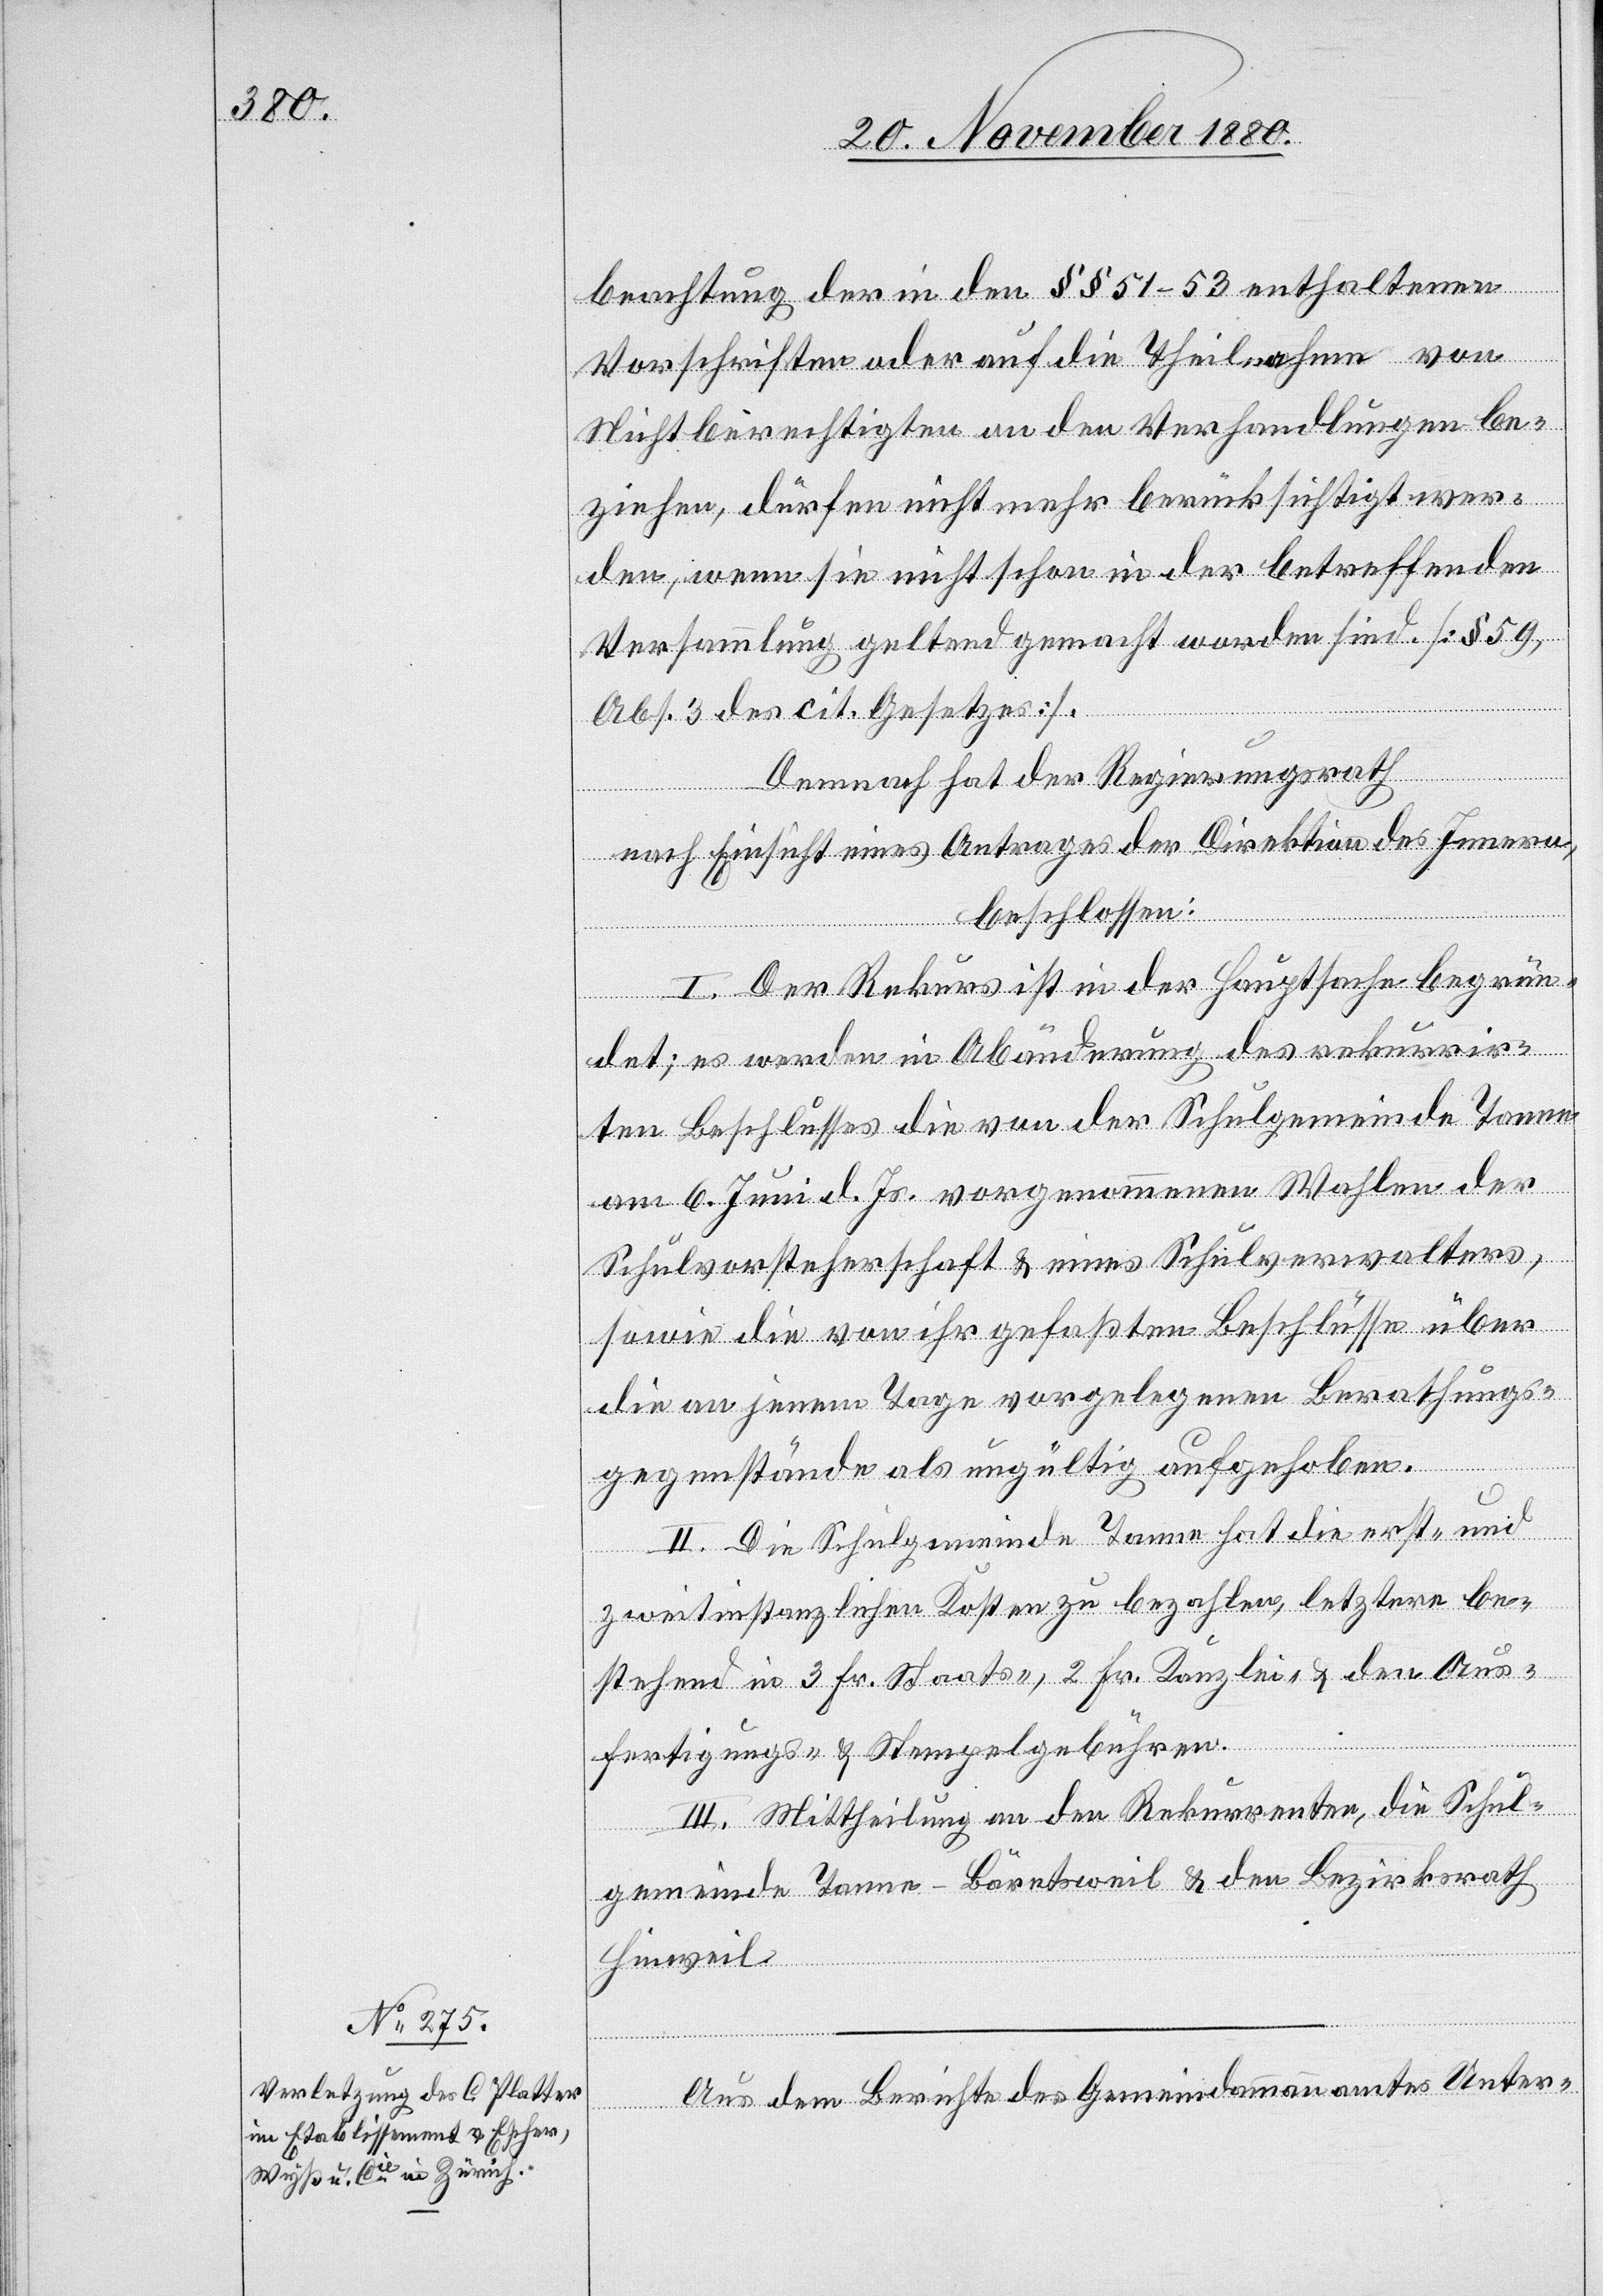
beachtung der in den §§ 51–53 enthaltenen
Vorschriften oder auf die Theilnahme von
Nichtberechtigten an den Verhandlungen be¬
ziehen, dürfen nicht mehr berücksichtigt wer¬
den, wenn sie nicht schon in der betreffenden
Versammlung geltend gemacht worden sind. [§ 59,
Abs. 3 des cit. Gesetzes].
Demnach hat der Regierungsrath
nach Einsicht eines Antrages der Direktion des Innern,
beschlossen:
I. Der Rekurs ist in der Hauptsache begrün¬
det; es werden in Abänderung des rekurrir¬
ten Beschlusses die von der Schulgemeinde Tanne
am 6. Juni d. Js. vorgenommenen Wahlen der
Schulvorsteherschaft & eines Schulverwalters,
sowie die von ihr gefaßten Beschlüsse über
die an jenem Tage vorgelegenen Berathungs¬
gegenstände als ungültig aufgehoben.
II. Die Schulgemeinde Tanne hat die erst- und
zweitinstanzlichen Kosten zu bezahlen, letztere be¬
stehend in 3 Fr. Staats-, 2 Fr. Kanzlei- & der Aus¬
fertigungs- & Stempelgebühren.
III. Mittheilung an den Rekurrenten, die Schul¬
gemeinde Tanne - Bäretsweil & den Bezirksrath
Hinweil.
Aus dem Berichte des Gemeindammannamtes Unter-